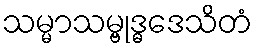
သမ္မာသမ္ဗုဒ္ဓဒေသိတံ